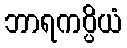
ဘာရကပ္ပိယံ